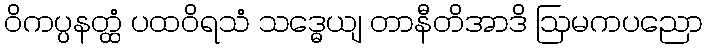
ဝိကပ္ပနတ္ထံ ပထဝိရသံ သဒ္ဓေယျ တာနီတိအာဒိ ဩမကပညော